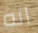
انه